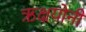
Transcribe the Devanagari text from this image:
ऋक्षयोनी